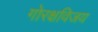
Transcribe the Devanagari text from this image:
गोरक्षविजय